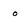
Character: 0